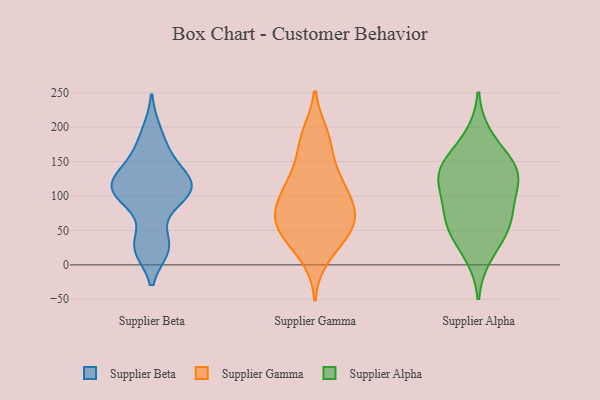
{"axis": {"x": "Revenue (USD Million)", "y": "Value"}, "legend": ["Supplier Alpha", "Supplier Beta", "Supplier Gamma"], "data": [{"x": "", "y": 24, "type": "Supplier Beta"}, {"x": "", "y": 126, "type": "Supplier Beta"}, {"x": "", "y": 147, "type": "Supplier Beta"}, {"x": "", "y": 115, "type": "Supplier Beta"}, {"x": "", "y": 194, "type": "Supplier Beta"}, {"x": "", "y": 90, "type": "Supplier Beta"}, {"x": "", "y": 165, "type": "Supplier Beta"}, {"x": "", "y": 109, "type": "Supplier Beta"}, {"x": "", "y": 118, "type": "Supplier Beta"}, {"x": "", "y": 27, "type": "Supplier Beta"}, {"x": "", "y": 104, "type": "Supplier Beta"}, {"x": "", "y": 28, "type": "Supplier Beta"}, {"x": "", "y": 109, "type": "Supplier Beta"}, {"x": "", "y": 77, "type": "Supplier Gamma"}, {"x": "", "y": 135, "type": "Supplier Gamma"}, {"x": "", "y": 74, "type": "Supplier Gamma"}, {"x": "", "y": 27, "type": "Supplier Gamma"}, {"x": "", "y": 136, "type": "Supplier Gamma"}, {"x": "", "y": 44, "type": "Supplier Gamma"}, {"x": "", "y": 105, "type": "Supplier Gamma"}, {"x": "", "y": 75, "type": "Supplier Gamma"}, {"x": "", "y": 58, "type": "Supplier Gamma"}, {"x": "", "y": 94, "type": "Supplier Gamma"}, {"x": "", "y": 61, "type": "Supplier Gamma"}, {"x": "", "y": 114, "type": "Supplier Gamma"}, {"x": "", "y": 106, "type": "Supplier Gamma"}, {"x": "", "y": 173, "type": "Supplier Gamma"}, {"x": "", "y": 187, "type": "Supplier Gamma"}, {"x": "", "y": 45, "type": "Supplier Gamma"}, {"x": "", "y": 57, "type": "Supplier Gamma"}, {"x": "", "y": 190, "type": "Supplier Gamma"}, {"x": "", "y": 10, "type": "Supplier Gamma"}, {"x": "", "y": 97, "type": "Supplier Alpha"}, {"x": "", "y": 109, "type": "Supplier Alpha"}, {"x": "", "y": 59, "type": "Supplier Alpha"}, {"x": "", "y": 136, "type": "Supplier Alpha"}, {"x": "", "y": 44, "type": "Supplier Alpha"}, {"x": "", "y": 144, "type": "Supplier Alpha"}, {"x": "", "y": 121, "type": "Supplier Alpha"}, {"x": "", "y": 14, "type": "Supplier Alpha"}, {"x": "", "y": 138, "type": "Supplier Alpha"}, {"x": "", "y": 60, "type": "Supplier Alpha"}, {"x": "", "y": 150, "type": "Supplier Alpha"}, {"x": "", "y": 69, "type": "Supplier Alpha"}, {"x": "", "y": 187, "type": "Supplier Alpha"}]}